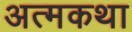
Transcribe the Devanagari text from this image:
अत्मकथा